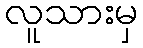
လူသားမှ